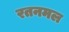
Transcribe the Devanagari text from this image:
रतनमल